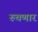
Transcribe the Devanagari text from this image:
रुचणार